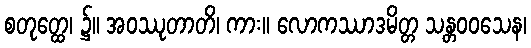
စတုတ္ထေ၊ ၌။ အဝဿုတာတိ၊ ကား။ လောကဿာဒမိတ္တ သန္တဝဝသေန၊